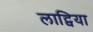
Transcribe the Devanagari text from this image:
लाट्विया